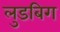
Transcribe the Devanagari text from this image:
लुडबिग